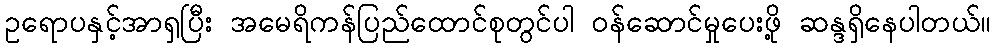
ဥရောပနှင့်အာရှပြီး အမေရိကန်ပြည်ထောင်စုတွင်ပါ ဝန်ဆောင်မှုပေးဖို့ ဆန္ဒရှိနေပါတယ်။